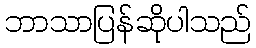
ဘာသာပြန်ဆိုပါသည်